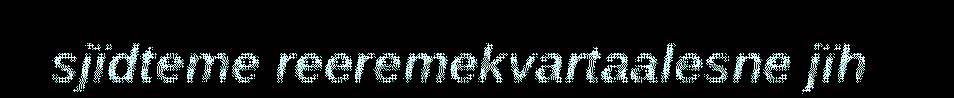
sjïdteme reeremekvartaalesne jïh